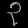
Digit: ၃